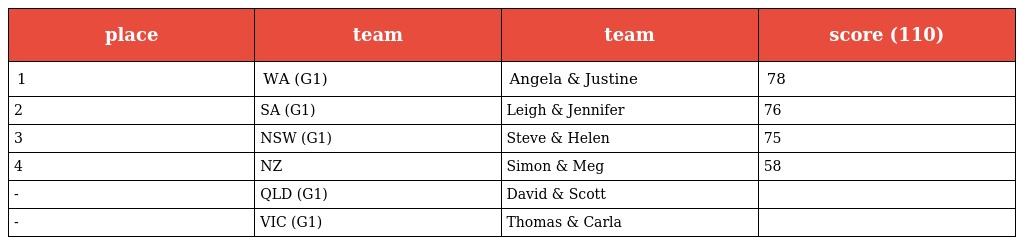
| place | team | team | score (110) |
 | --- | --- | --- | --- |
 | 1 | WA (G1) | Angela & Justine | 78 |
 | 2 | SA (G1) | Leigh & Jennifer | 76 |
 | 3 | NSW (G1) | Steve & Helen | 75 |
 | 4 | NZ | Simon & Meg | 58 |
 | - | QLD (G1) | David & Scott |  |
 | - | VIC (G1) | Thomas & Carla |  |